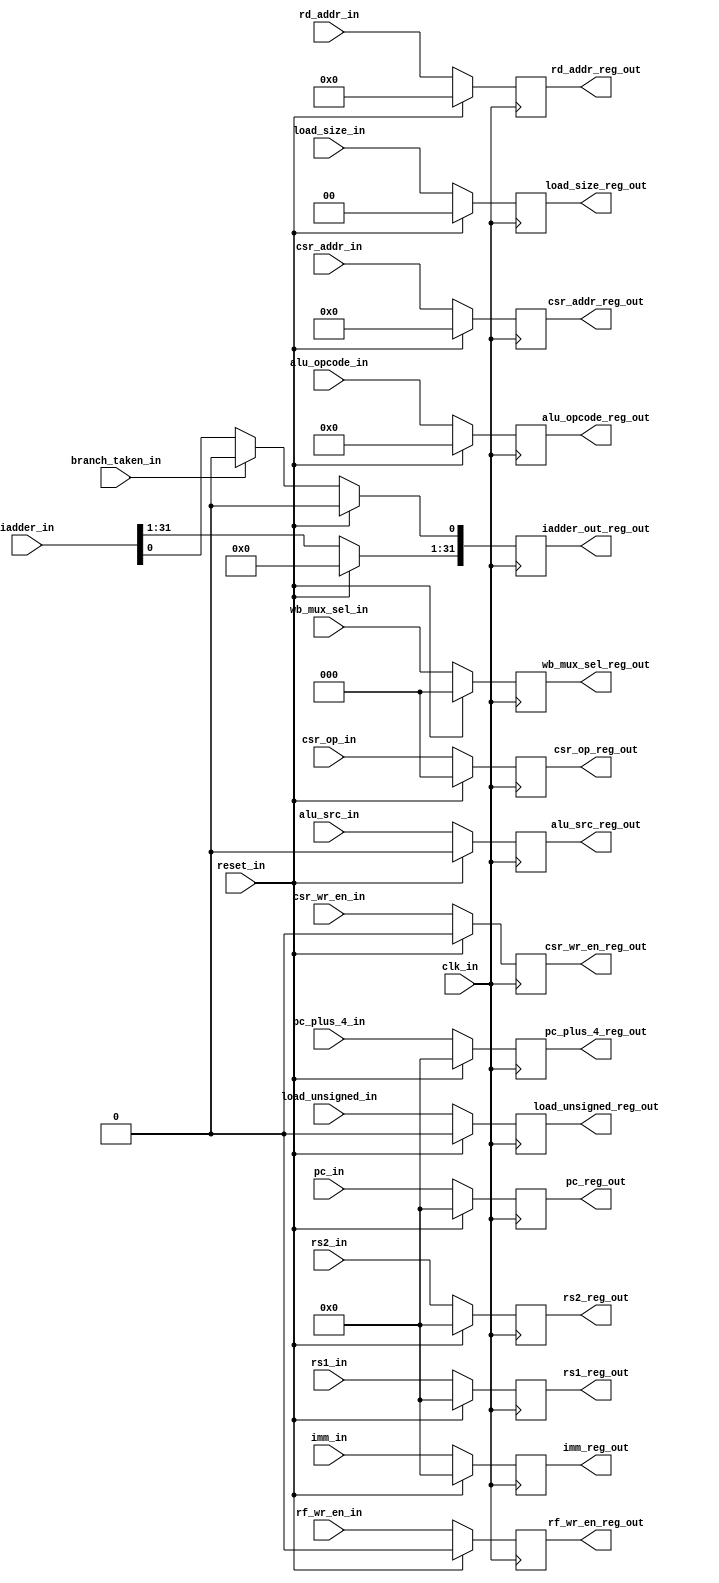
module msrv32_reg_block2 (clk_in, reset_in, rd_addr_in, csr_addr_in, rs1_in, rs2_in, pc_in, pc_plus_4_in, branch_taken_in, 
                          iadder_in, alu_opcode_in, load_size_in, load_unsigned_in, alu_src_in, csr_wr_en_in, rf_wr_en_in,
                          wb_mux_sel_in, csr_op_in, imm_in, rd_addr_reg_out, csr_addr_reg_out, rs1_reg_out, rs2_reg_out,
                          pc_reg_out, pc_plus_4_reg_out, iadder_out_reg_out, alu_opcode_reg_out, load_size_reg_out, 
                          load_unsigned_reg_out, alu_src_reg_out, csr_wr_en_reg_out, rf_wr_en_reg_out, wb_mux_sel_reg_out,
                          csr_op_reg_out, imm_reg_out);

input clk_in, reset_in, branch_taken_in, load_unsigned_in, alu_src_in, csr_wr_en_in, rf_wr_en_in;
input [4:0] rd_addr_in;
input [31:0] rs1_in, rs2_in, pc_in, pc_plus_4_in, iadder_in, imm_in;
input [2:0] wb_mux_sel_in, csr_op_in;
input [3:0] alu_opcode_in;
input [1:0] load_size_in;
input [11:0] csr_addr_in;

output reg load_unsigned_reg_out, alu_src_reg_out, csr_wr_en_reg_out, rf_wr_en_reg_out;
output reg [31:0] rs1_reg_out, rs2_reg_out, pc_reg_out, pc_plus_4_reg_out, iadder_out_reg_out, imm_reg_out;
output reg [2:0] wb_mux_sel_reg_out, csr_op_reg_out;
output reg [11:0] csr_addr_reg_out;
output reg [4:0] rd_addr_reg_out;
output reg [3:0] alu_opcode_reg_out;
output reg [1:0] load_size_reg_out;

parameter BOOT_ADDRESS = 32'h00000000;

always @ (posedge clk_in)
begin
  if(reset_in)
     begin
        rd_addr_reg_out        <= 5'b00000;
        csr_addr_reg_out       <= 12'h000;
        rs1_reg_out            <= 32'h00000000;
        rs2_reg_out            <= 32'h00000000;
        pc_reg_out             <= BOOT_ADDRESS;
        pc_plus_4_reg_out      <= 32'h00000000;
        iadder_out_reg_out     <= 32'h00000000;
        alu_opcode_reg_out     <= 4'b0000;
        load_size_reg_out      <= 2'b00;
        load_unsigned_reg_out  <= 1'b0;
        alu_src_reg_out        <= 1'b0;
        csr_wr_en_reg_out      <= 1'b0;
        rf_wr_en_reg_out       <= 1'b0;
        wb_mux_sel_reg_out     <= 3'b000;
        csr_op_reg_out         <= 3'b000;
        imm_reg_out            <= 32'h00000000;
     end
  else
     begin
        rd_addr_reg_out         <= rd_addr_in;
        csr_addr_reg_out        <= csr_addr_in;
        rs1_reg_out             <= rs1_in;
        rs2_reg_out             <= rs2_in;
        pc_reg_out              <= pc_in;
        pc_plus_4_reg_out       <= pc_plus_4_in;
        iadder_out_reg_out[31:1]<= iadder_in[31:1];
        iadder_out_reg_out[0]   <= branch_taken_in ? 1'b0 : iadder_in[0];
        alu_opcode_reg_out      <= alu_opcode_in;
        load_size_reg_out       <= load_size_in;
        load_unsigned_reg_out   <= load_unsigned_in;
        alu_src_reg_out         <= alu_src_in; 
        csr_wr_en_reg_out       <= csr_wr_en_in;
        rf_wr_en_reg_out        <= rf_wr_en_in;
        wb_mux_sel_reg_out      <= wb_mux_sel_in;
        csr_op_reg_out          <= csr_op_in;
        imm_reg_out             <= imm_in;
      end
end

endmodule